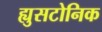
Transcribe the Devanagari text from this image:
ह्युसटोनिक